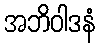
အဘိဝါဒနံ